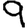
Digit: 9